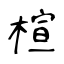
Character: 楦